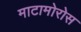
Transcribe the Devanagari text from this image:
माटामोरोस